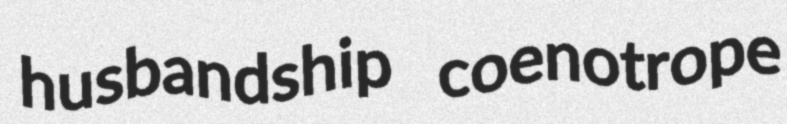
husbandship coenotrope